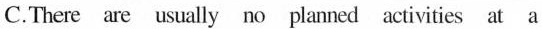
C.There are usually no planned activities at a